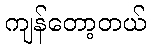
ကျန်တော့တယ်